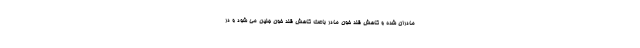
مادران شده و کاهش قند خون مادر باعث کاهش قند خون جنین می شود و در